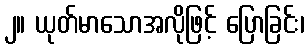
၂။ ယုတ်မာသောအလိုဖြင့် ပြောခြင်း၊